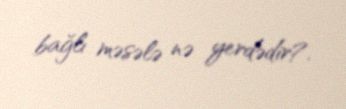
bağlı məsələ nə yerdədir?.